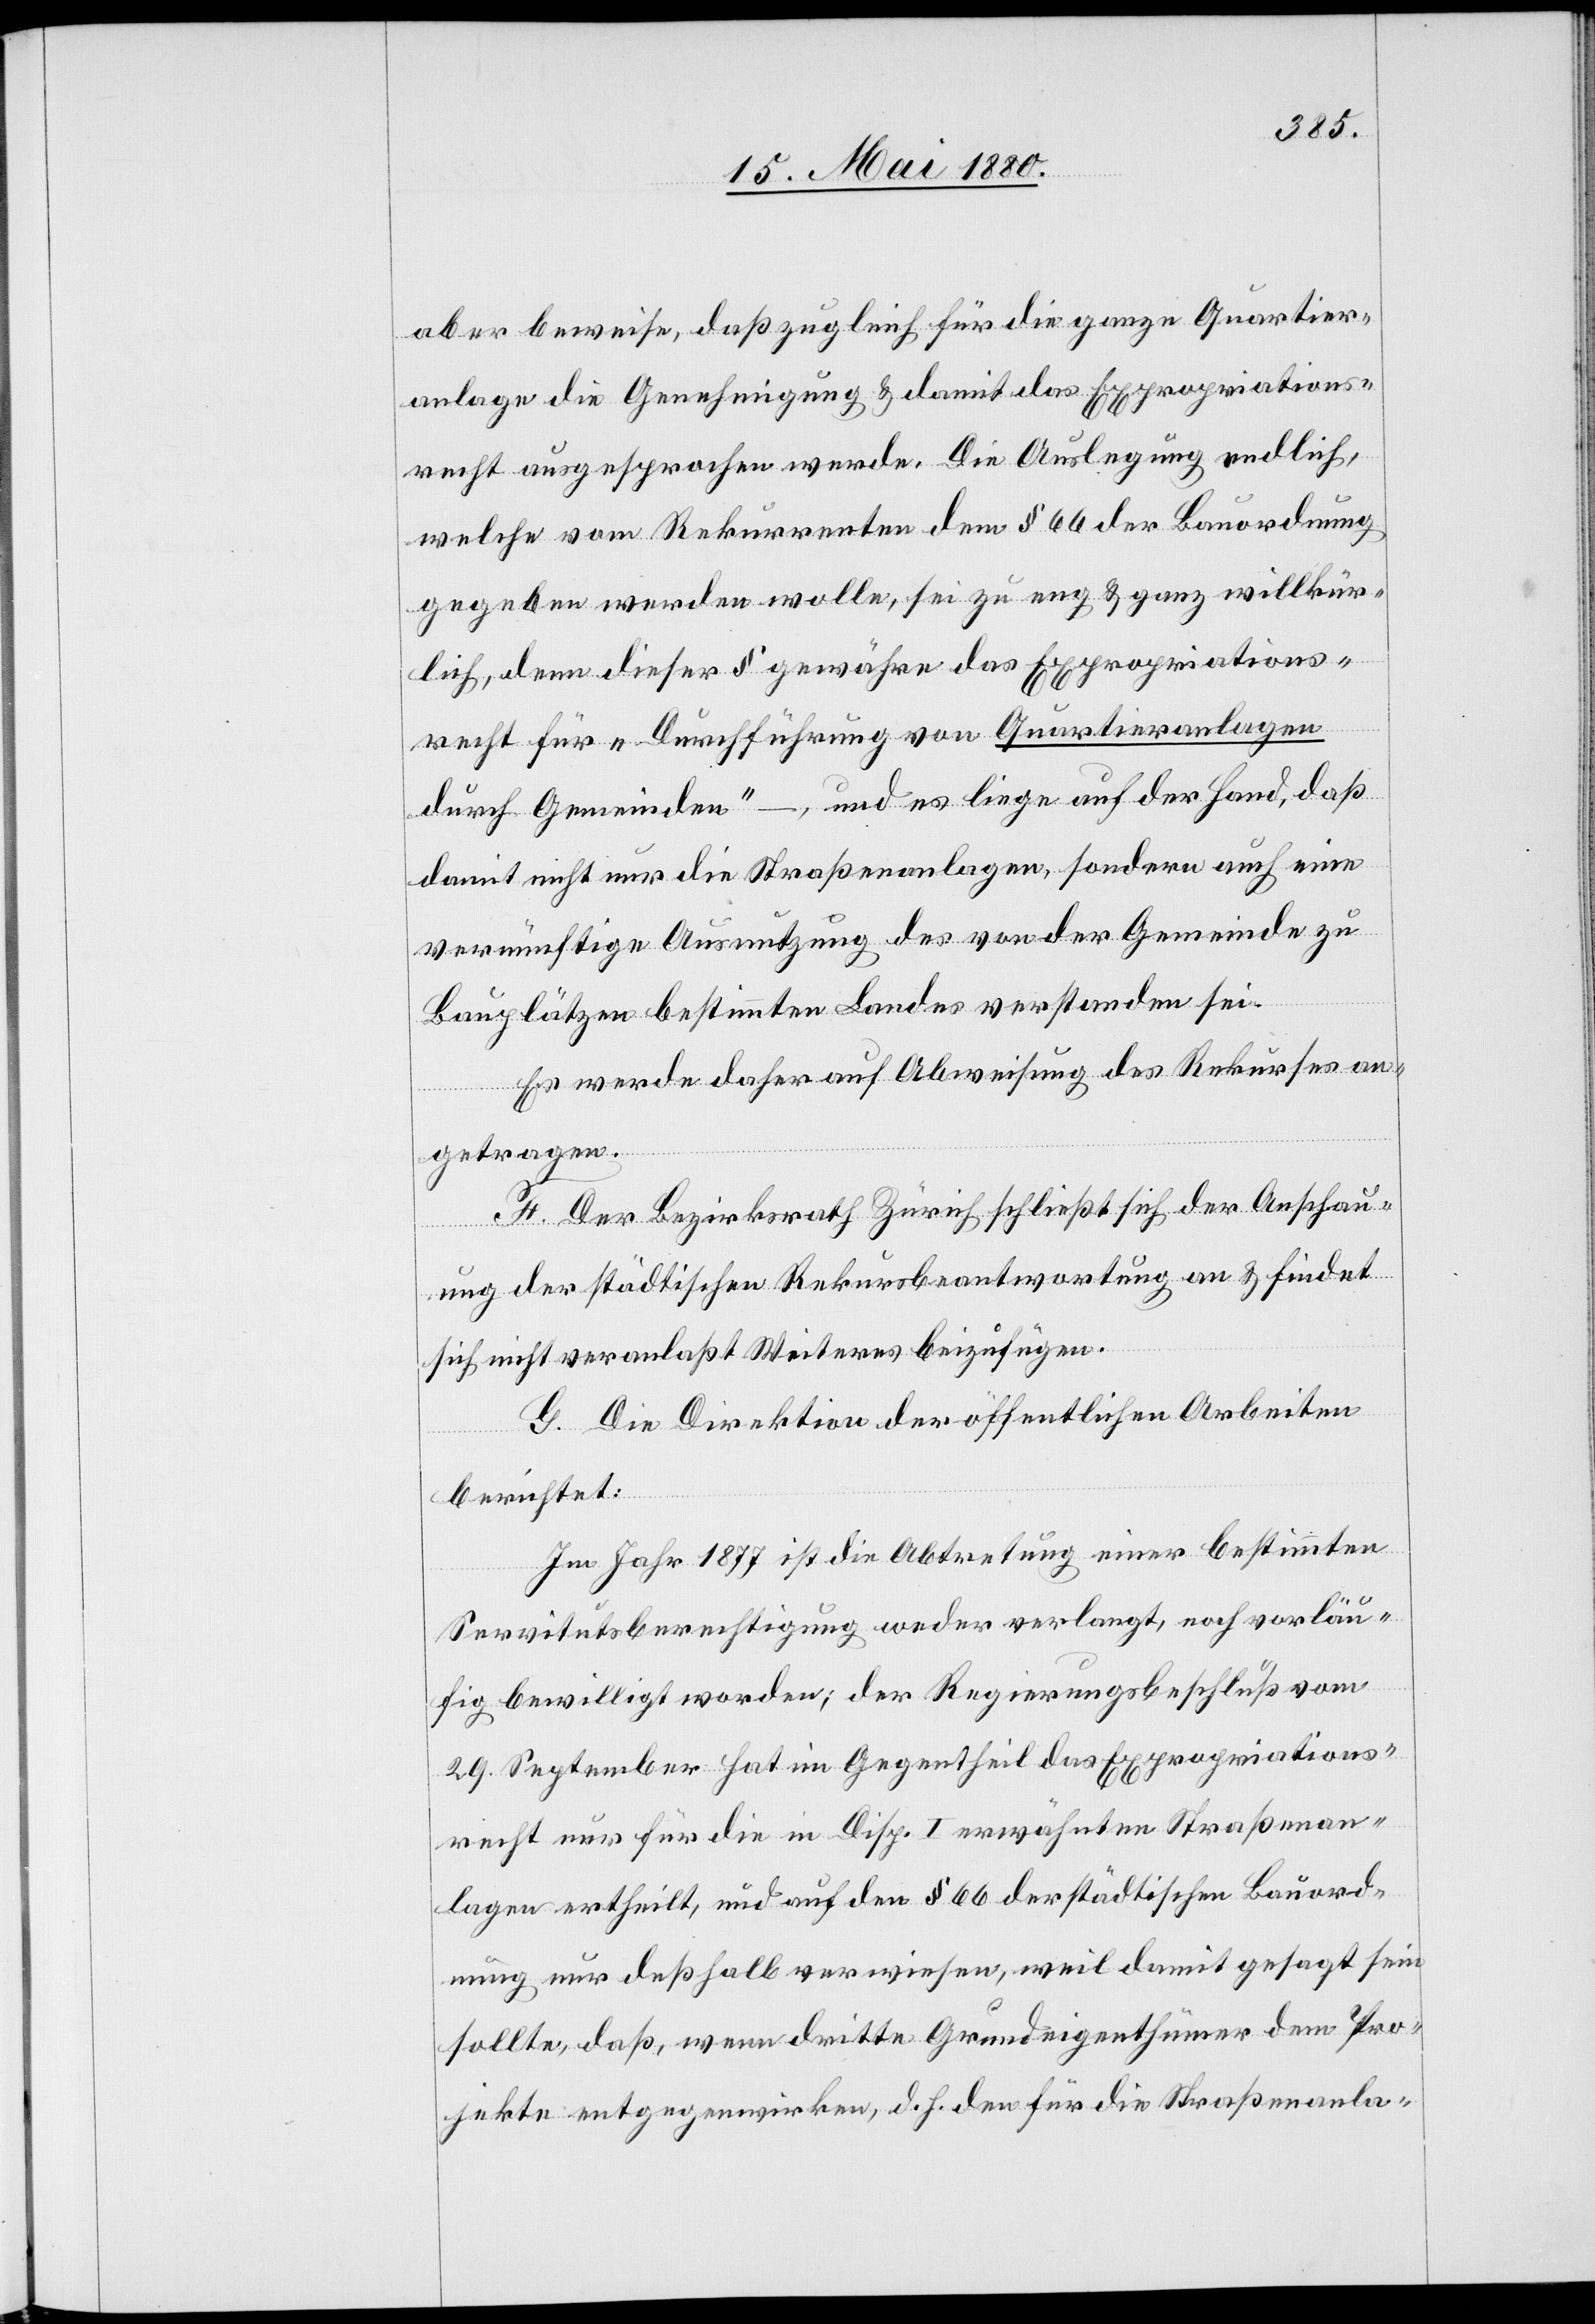
aber beweise, daß zugleich für die ganze Quartier¬
anlage die Genehmigung & damit das Expropriations¬
recht ausgesprochen werde. Die Auslegung endlich,
welche vom Rekurrenten dem § 66 der Bauordnung
gegeben werden wolle, sei zu eng & ganz willkür¬
lich, denn dieser § gewähre das Expropriations¬
recht für „Durchführung von Quartieranlagen
durch Gemeinden“ –, und es liege auf der Hand, daß
damit nicht nur die Straßenanlagen, sondern auch eine
vernünftige Ausnutzung des von der Gemeinde zu
Bauplätzen bestimmten Landes verstanden sei.
Es werde daher auf Abweisung des Rekurses an¬
getragen.
F. Der Bezirksrath Zürich schließt sich der Anschau¬
ung der städtischen Rekursbeantwortung an & findet
sich nicht veranlaßt Weiteres beizufügen.
G. Die Direktion der öffentlichen Arbeiten
berichtet:
Im Jahr 1877 ist die Abtretung einer bestimmten
Servitutsberechtigung weder verlangt, noch vorläu¬
fig bewilligt worden; der Regierungsbeschluß vom
29. September hat im Gegentheil das Expropriations¬
recht nur für die in Disp. I erwähnten Straßenan¬
lagen ertheilt, und auf den § 66 der städtischen Bauord¬
nung nur deßhalb verwiesen, weil damit gesagt sein
sollte, daß, wenn dritte Grundeigenthümer dem Pro¬
jekte entgegenwirken, d. h. den für die Straßenanla-